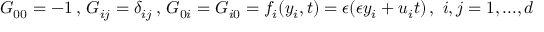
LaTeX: G _ { 0 0 } = - 1 \, , \, G _ { i j } = \delta _ { i j } \, , \, G _ { 0 i } = G _ { i 0 } = f _ { i } ( y _ { i } , t ) = \epsilon ( \epsilon y _ { i } + u _ { i } t ) \, , \, \, i , j = 1 , . . . , d